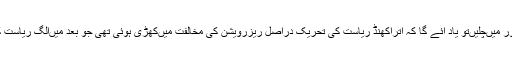
اتراکھنڈ ریاست بننے کے دور میںچلیںتو یاد آئے گا کہ اتراکھنڈ ریاست کی تحریک دراصل ریزرویشن کی مخالفت میںکھڑی ہوئی تھی جو بعد میںالگ ریاست کی تحریک میں تبدیل ہوگئی۔